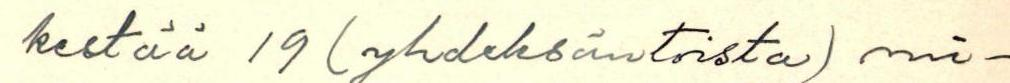
kestää 19 (yhdeksäntoista) mi-